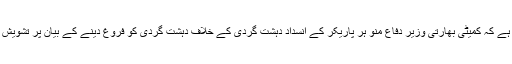
قرارداد میں کہا گیا ہے کہ کمیٹی بھارتی وزیر دفاع منو ہر پاریکر کے انسداد دہشت گردی کے خلاف دہشت گردی کو فروغ دینے کے بیان پر تشویش کا اظہار کرتی ہے۔